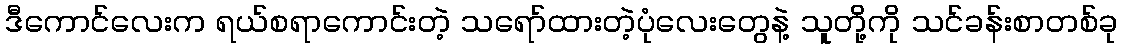
ဒီကောင်လေးက ရယ်စရာကောင်းတဲ့ သရော်ထားတဲ့ပုံလေးတွေနဲ့ သူတို့ကို သင်ခန်းစာတစ်ခု